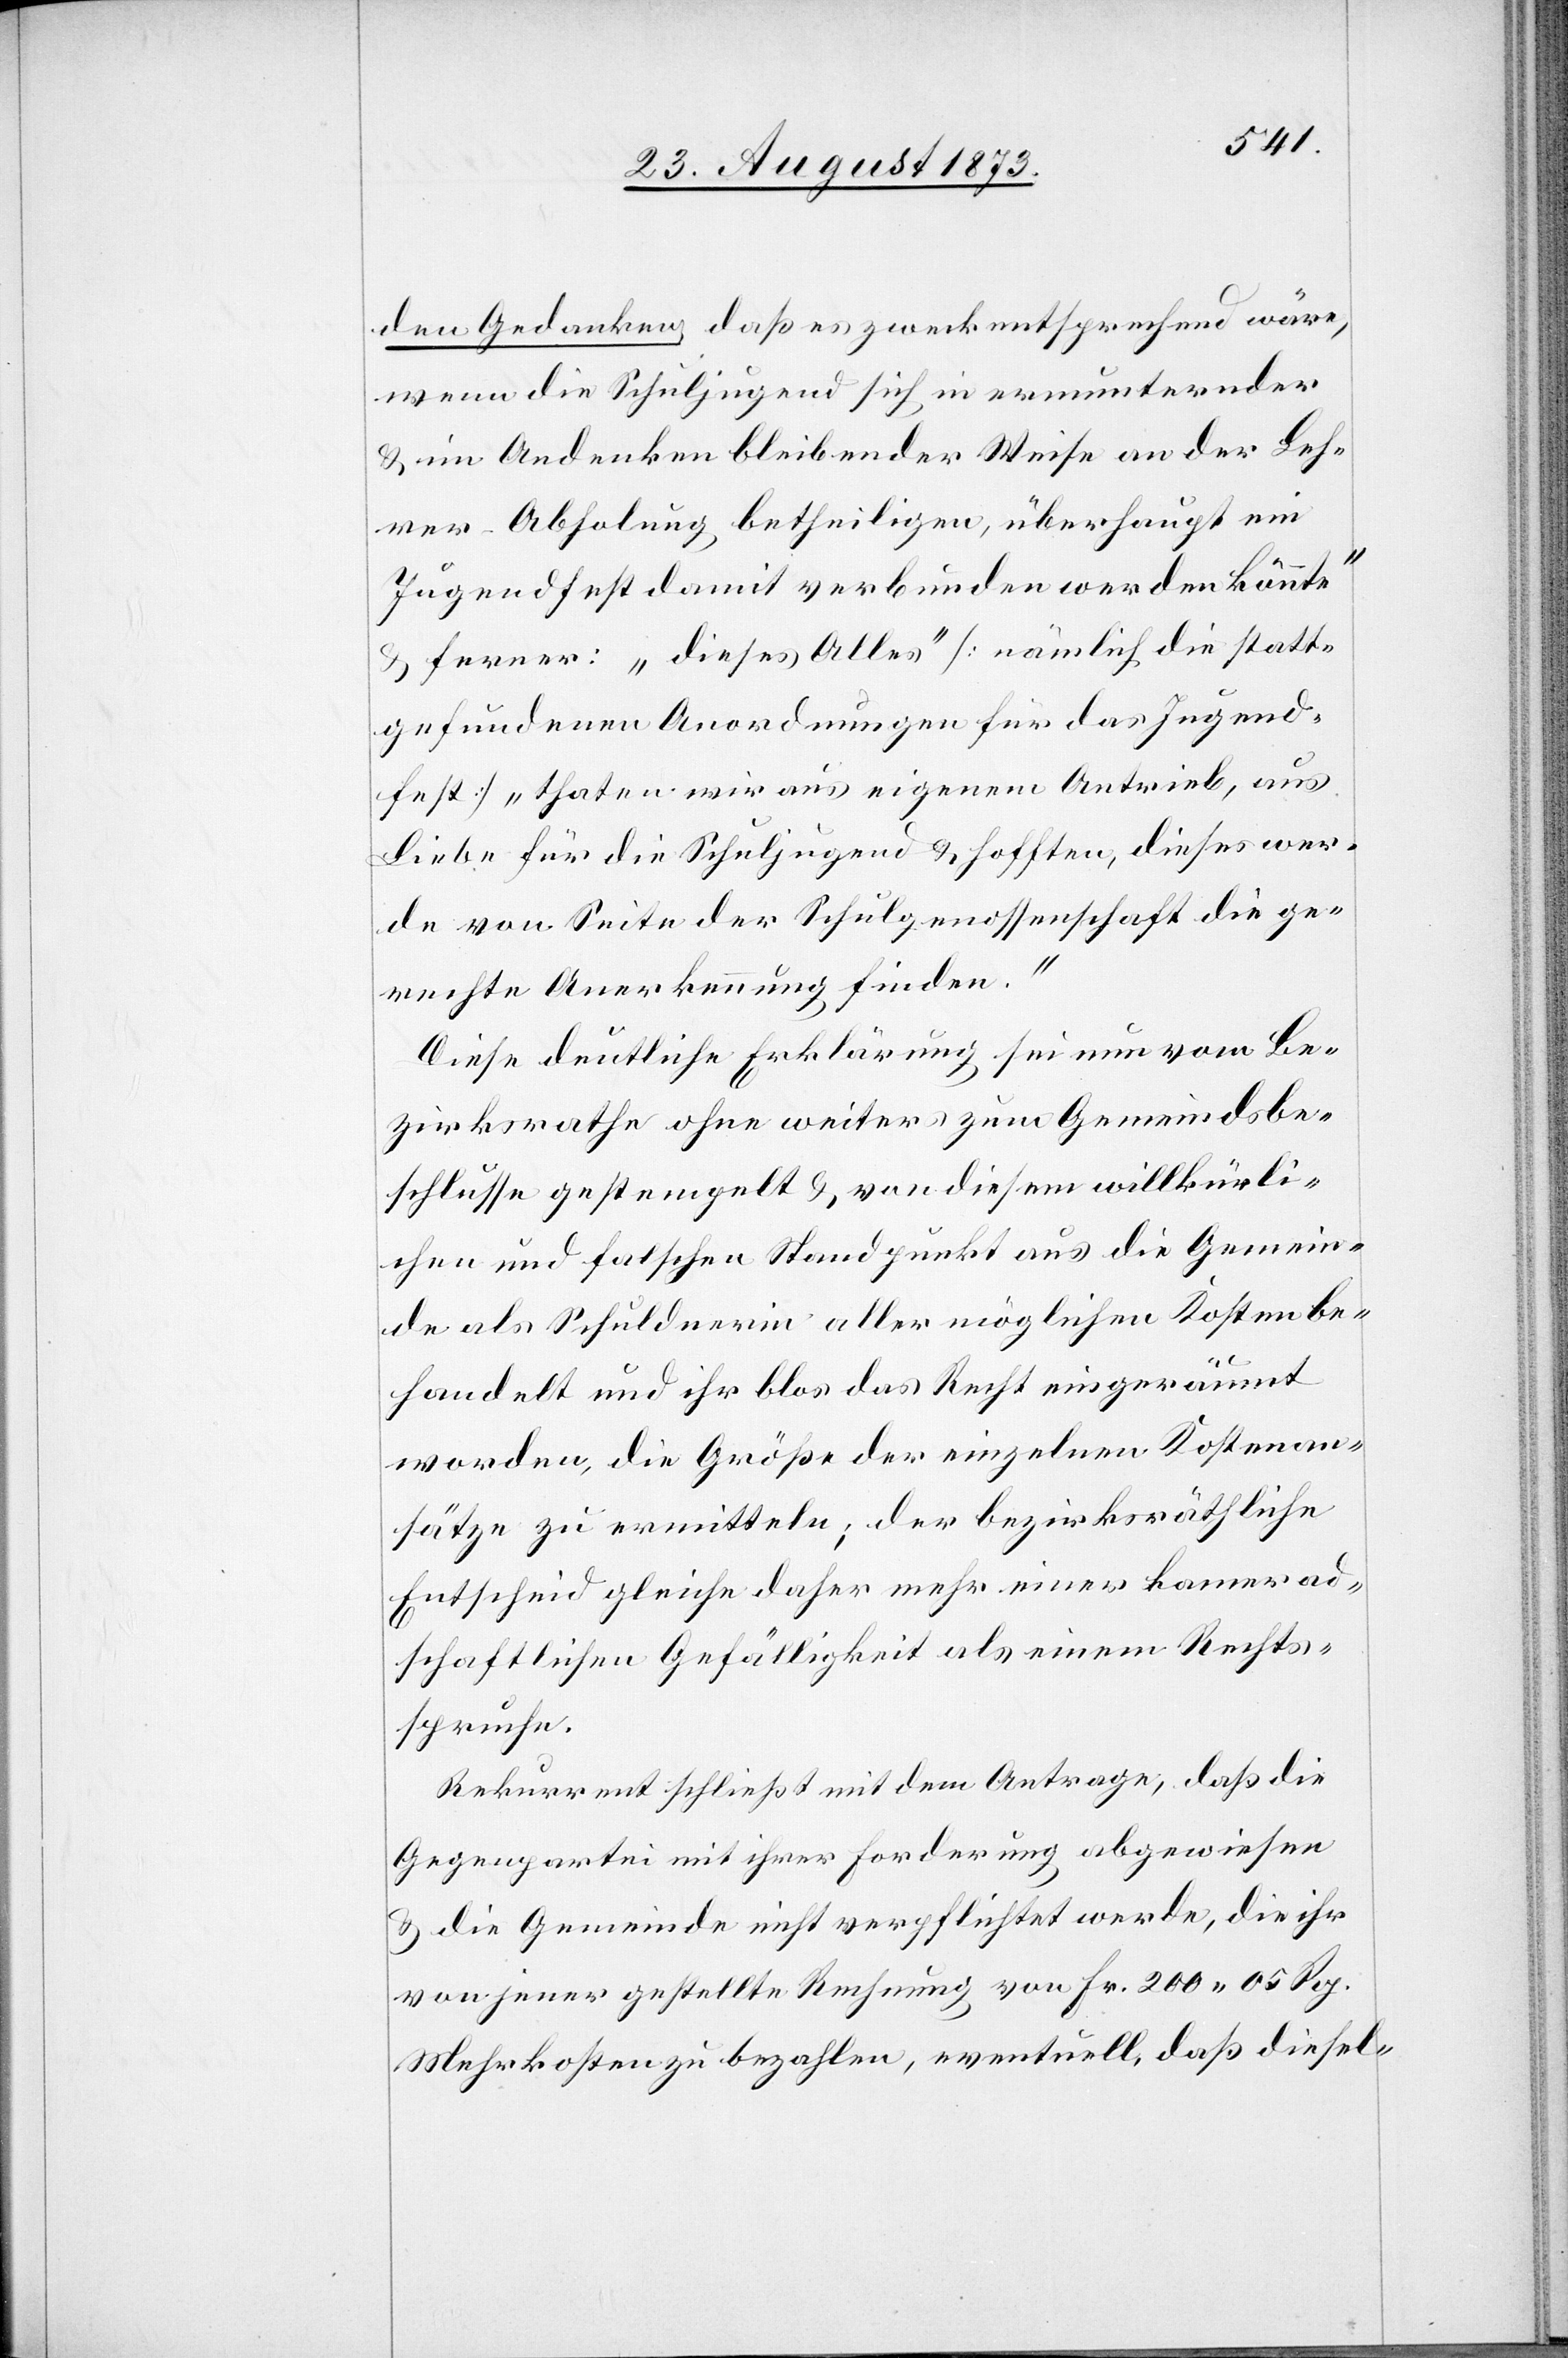
den Gedanken, daß es zweckentsprechend wäre,
wenn die Schuljugend sich in ermunternder
& im Andenken bleibender Weise an der Leh¬
rer-Abholung betheiligen, überhaupt ein
Jugendfest damit verbunden werden könnte“
& ferner: „dieses Alles“ [nämlich die statt¬
gefundenen Anordnungen für das Jugend¬
fest] „thaten wir aus eigenem Antrieb, aus
Liebe für die Schuljugend & hofften, dieses wer¬
de von Seite der Schulgenossenschaft die ge¬
rechte Anerkennung finden.“
Diese deutliche Erklärung sei nun vom Be¬
zirksrathe ohne weiters zum Gemeindsbe¬
schlusse gestempelt & von diesem willkürli¬
chen und falschen Standpunkt aus die Gemein¬
de als Schuldnerin aller möglichen Kosten be¬
handelt und ihr blos das Recht eingeräumt
worden, die Größe der einzelnen Kostenan¬
sätze zu ermitteln; der bezirksräthliche
Entscheid gleiche daher mehr einer kamerad¬
schaftlichen Gefälligkeit als einem Rechts¬
spruche.
Rekurrent schließt mit dem Antrage, daß die
Gegenpartei mit ihrer Forderung abgewiesen
& die Gemeinde nicht verpflichtet werde, die ihr
von jener gestellte Rechnung von Fr. 200 05 Rp.
Mehrkosten zu bezahlen, eventuell, daß diesel-